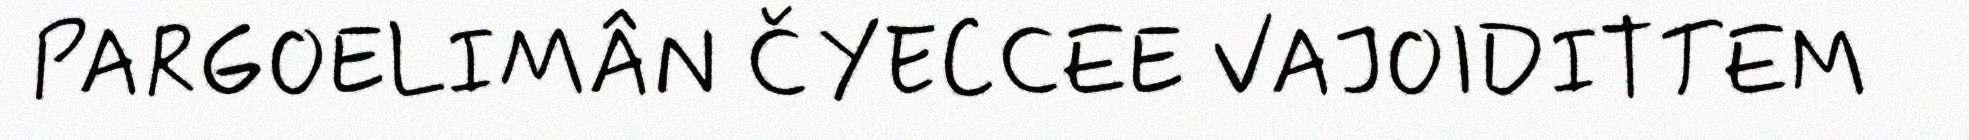
PARGOELIMÂN ČYECCEE VAJOIDITTEM